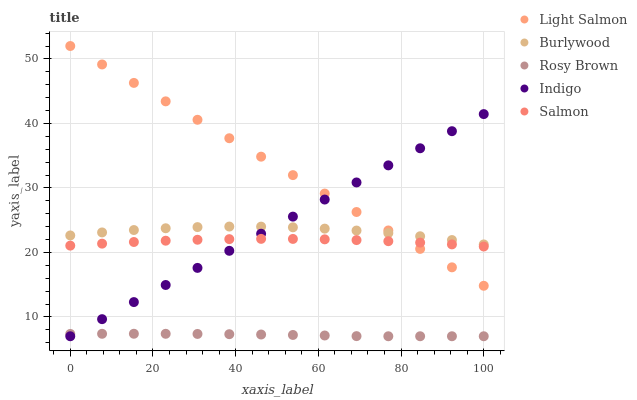
| xaxis_label | Light Salmon | Burlywood | Rosy Brown | Indigo | Salmon |
 | --- | --- | --- | --- | --- | --- |
 | 0 | 52 | 22.6 | 7.36 | 7 | 21.1 |
 | 7.69 | 49.1 | 23.1 | 7.38 | 9.65 | 21.4 |
 | 15.4 | 46.3 | 23.5 | 7.39 | 12.3 | 21.6 |
 | 23.1 | 43.4 | 23.7 | 7.38 | 14.9 | 21.8 |
 | 30.8 | 40.6 | 23.9 | 7.36 | 17.6 | 22 |
 | 38.5 | 37.7 | 24 | 7.32 | 20.2 | 22.1 |
 | 46.2 | 34.8 | 24 | 7.27 | 22.9 | 22.1 |
 | 53.8 | 32 | 23.9 | 7.2 | 25.5 | 22.1 |
 | 61.5 | 29.1 | 23.7 | 7.12 | 28.2 | 22 |
 | 69.2 | 26.3 | 23.4 | 7.02 | 30.8 | 21.9 |
 | 76.9 | 23.4 | 23 | 7 | 33.5 | 21.7 |
 | 84.6 | 20.5 | 22.5 | 7 | 36.1 | 21.5 |
 | 92.3 | 17.7 | 21.9 | 7 | 38.8 | 21.2 |
 | 100 | 14.8 | 21.2 | 7 | 41.4 | 20.9 |